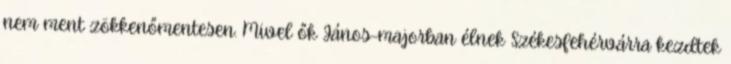
nem ment zökkenőmentesen. Mivel ők János-majorban élnek Székesfehérvárra kezdtek